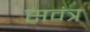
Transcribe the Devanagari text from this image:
सवंत्र